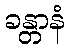
ခန္တာနံ